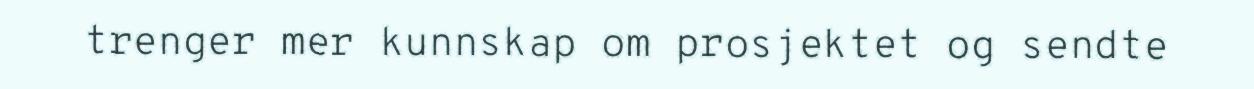
trenger mer kunnskap om prosjektet og sendte